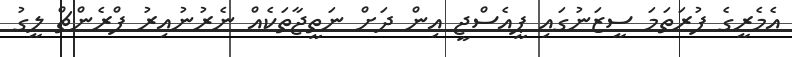
އެމެރީގެ ފުރަތަމަ ސީޒަނުގައި ޕީއެސްޖީ އިން ދަށް ނަތީޖާތަކެއް ނެރުނުއިރު ފްރެންޗް ލީގު